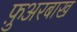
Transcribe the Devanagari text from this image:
फ़ुअरबाख